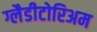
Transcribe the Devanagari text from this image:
ग्लैडीटोरिअम